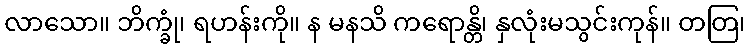
လာသော။ ဘိက္ခုံ၊ ရဟန်းကို။ န မနသိ ကရောန္တိ၊ နှလုံးမသွင်းကုန်။ တတြ၊